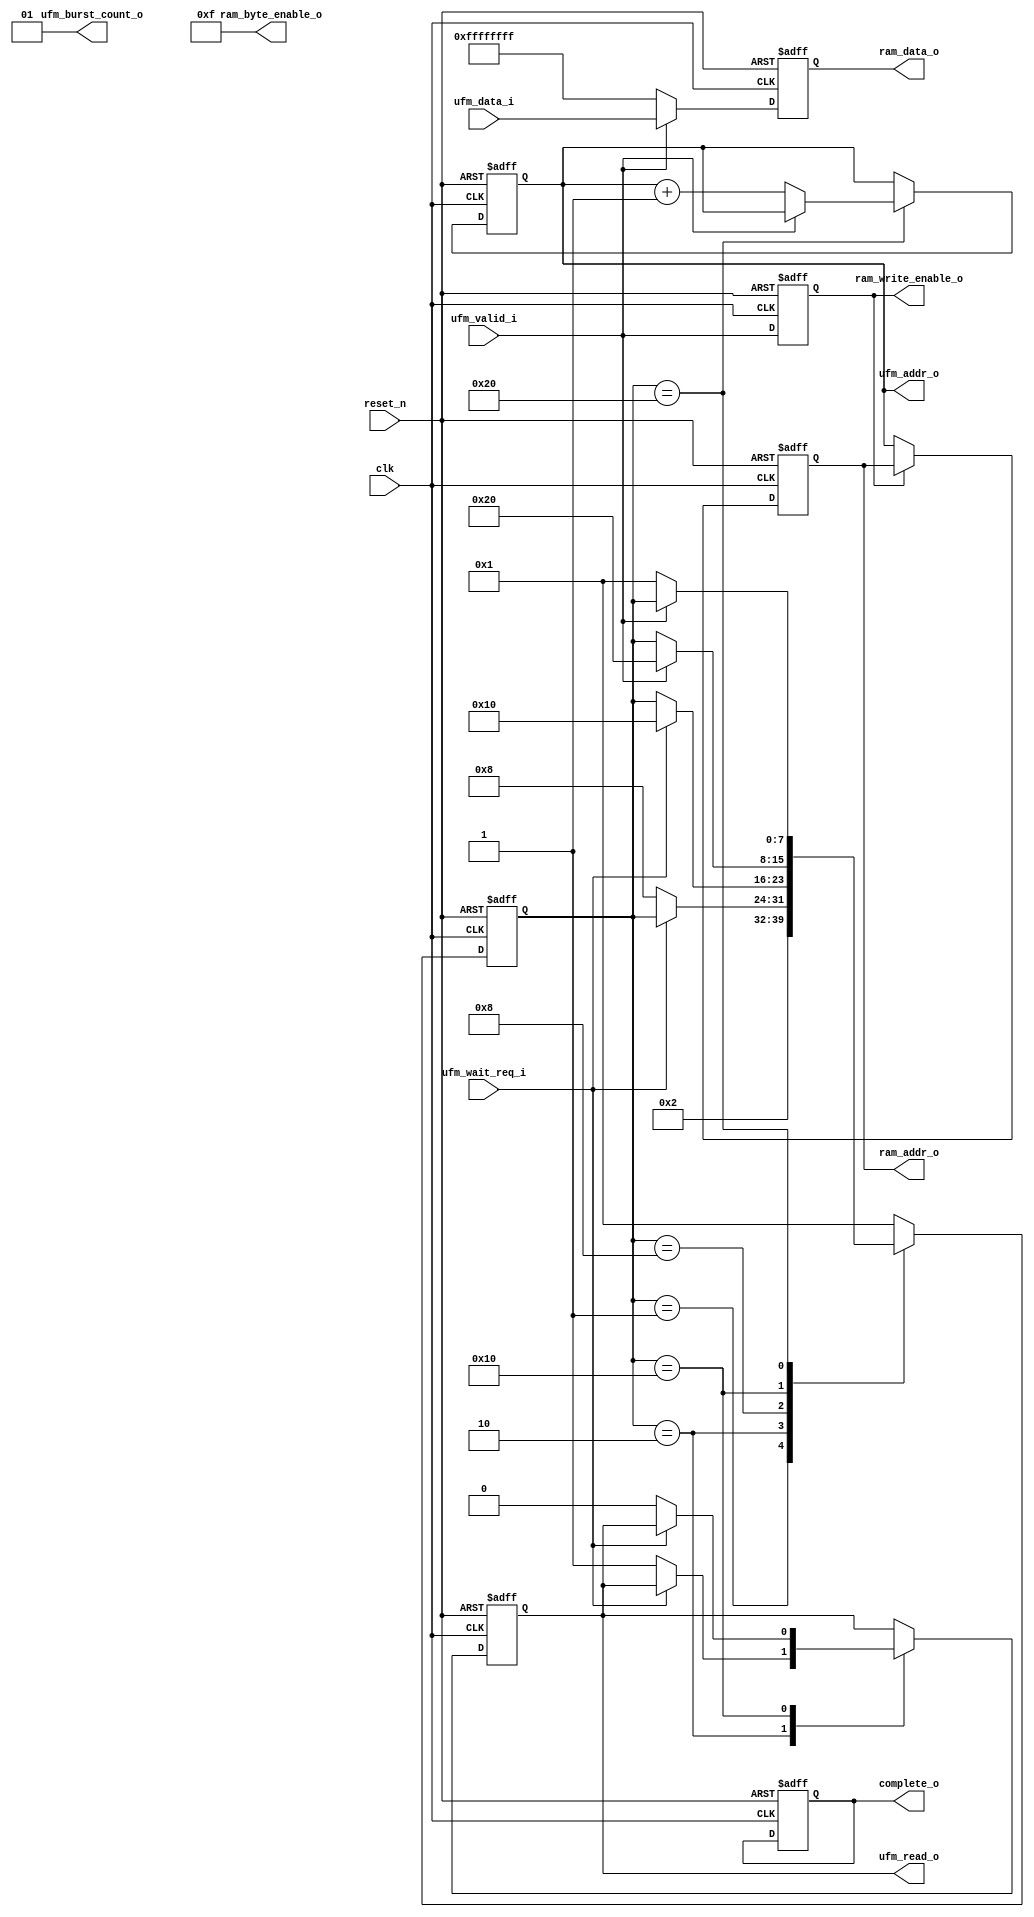
module ufm_rom_shadow_copy
       (
           input  wire [00:0] clk,
           input  wire [00:0] reset_n,
           input  wire [31:0] ufm_data_i,
           input  wire [00:0] ufm_wait_req_i,
           input  wire [00:0] ufm_valid_i,
           //
           output wire [31:0] ram_data_o,
           output wire [01:0] ufm_burst_count_o,
           output wire [03:0] ram_byte_enable_o,
           output wire [00:0] ram_write_enable_o,
           output wire [00:0] ufm_read_o,
           output wire [00:0] complete_o,
           output wire [num_addr_bits-1:0] ufm_addr_o,
           output wire [num_addr_bits-1:0] ram_addr_o
       );

parameter num_words = 512;
localparam num_addr_bits = $clog2(num_words);
//
reg valid_ff;
reg [num_addr_bits-1:0] ram_addr_ff;
reg [num_addr_bits-1:0] wordcount;
reg [31:0] ram_data_ff;
reg [7:0] state; // synthesis syn_keep; syn_encode = "one-hot" //
reg rd, copy_done;


/* combi and static assigns */
assign ufm_burst_count_o = 1;
assign ufm_read_o = rd;
assign ufm_addr_o = wordcount;
assign ram_addr_o = ram_addr_ff;
assign complete_o = copy_done;
assign ram_byte_enable_o = 4'hF;
assign ram_write_enable_o = valid_ff;
assign ram_data_o = ram_data_ff;


// SM STATES
localparam IDLE	  = 'h01;
localparam WF_RDY = 2;
localparam WF_REQ = 4;
localparam WF_ACK = 8;
localparam WF_VALID = 'h10;
localparam WF_WORD_DONE = 'h20;
localparam INIT_CPL = 'h80;


always @(posedge clk or negedge reset_n)
    if(!reset_n) begin
        state <= IDLE;
        wordcount <= 0;
        copy_done <= 0;
        rd <= 0;
        //valid_ff <= 0;
    end else begin
        case(state)
            // Start condition.  wordcount < WORDCOUNT?
            IDLE:
                if(1) state <= WF_RDY;
            // Stall until bus is idle.
            WF_RDY:
                if(!ufm_wait_req_i)
                begin
                    rd <= 1;
                    state <= WF_ACK;
                end
            //
            WF_ACK:
            begin
                if(ufm_wait_req_i) state <= WF_VALID;
            end
            WF_VALID:
            begin
                if(!ufm_wait_req_i) rd <= 0;
                if(ufm_valid_i)
                    state <= WF_WORD_DONE;
            end
            WF_WORD_DONE:
                if(!ufm_valid_i)
                begin
                    state <= IDLE;
                    wordcount <= wordcount + 1'b1;
                end
            default: state <= IDLE;
        endcase
    end
//


// Handle latching the UFM data negedge of clk after valid goes high.
always @(negedge clk or negedge reset_n)
    if(!reset_n) begin
        ram_addr_ff <= 0;
        ram_data_ff <= 0;
        valid_ff <= 0;
    end else begin
        ram_addr_ff <= (!valid_ff) ? wordcount : ram_addr_ff; // don't latch the next address until we're done writing.
        ram_data_ff <= (ufm_valid_i) ? ufm_data_i : 'hFFFFFFFF;
        valid_ff <= ufm_valid_i;
    end
//


endmodule